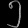
Digit: ၅